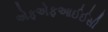
એફએફઆઈઈસી